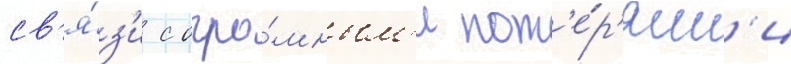
св'я́з'и с огро́мным'и пот'е́р'ям'и